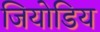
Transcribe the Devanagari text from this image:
जियोडिय